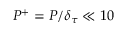
P ^ { + } = P / \delta _ { \tau } \ll 1 0